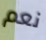
نعم